Vaccination North-Western Provinces and Oudh 1896-1901 - 1896-1901
Year: 1896
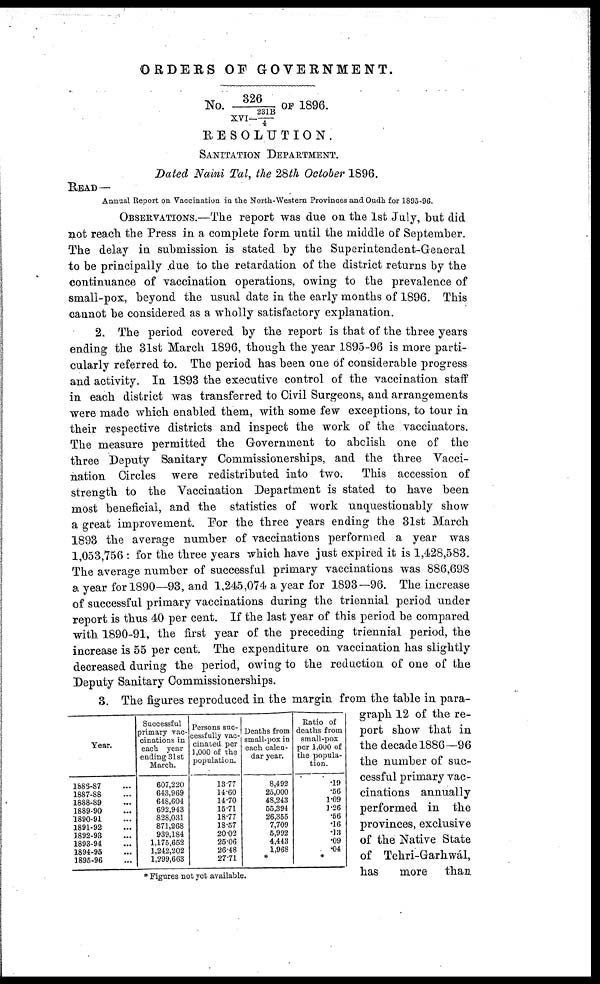
ORDERS OF GOVERNMENT.
No. 326/ XVI -231B/4 of 1896
RESOLUTION.
SANITATION DEPARTMENT.
Dated Naini Tal, the 28th October 1896.
READ—
Annual Report on Vaccination in the North-Western Provinces and Oudh for 1895-96.
OBSERVATIONS.—The report was due on the 1st July, but did
not reach the Press in a complete form until the middle of September.
The delay in submission is stated by the Superintendent-General
to be principally due to the retardation of the district returns by the
continuance of vaccination operations, owing to the prevalence of
small-pox, beyond the usual date in the early months of 1896. This
cannot be considered as a wholly satisfactory explanation.
2. The period covered by the report is that of the three years
ending the 31st March 1896, though the year 1895-96 is more parti-
cularly referred to. The period has been one of considerable progress
and activity. In 1893 the executive control of the vaccination staff
in each district was transferred to Civil Surgeons, and arrangements
were made which enabled them, with some few exceptions, to tour in
their respective districts and inspect the work of the vaccinators.
The measure permitted the Government to abolish one of the
three Deputy Sanitary Commissionerships, and the three Vacci-
nation Circles were redistributed into two. This accession of
strength to the Vaccination Department is stated to have been
most beneficial, and the statistics of work unquestionably show
a great improvement. For the three years ending the 31st March
1893 the average number of vaccinations performed a year was
1,053,756 : for the three years which have just expired it is 1,428,583.
The average number of successful primary vaccinations was 886,698
a year for 1890—93, and 1,245,074 a year for 1893—96. The increase
of successful primary vaccinations during the triennial period under
report is thus 40 per cent. If the last year of this period be compared
with 1890-91, the first year of the preceding triennial period, the
increase is 55 per cent. The expenditure on vaccination has slightly
decreased during the period, owing to the reduction of one of the
Deputy Sanitary Commissionerships.
Year.
1886-87
1887-88
1888-89
1889-90
1890-91
1891-92
1892-93
1893-94
1894-95
1895-96
Successful
primary vac-
cinations in
each year
ending 31st
March.
607,220
643,969
648,604
692,943
828,031
871,268
939,184
1,175,652
1,242,202
1,299,663
Persons suc-
cessfully vac-
cinated per
1,000 of the
population.
13.77
14.60
14.70
15.71
18.77
18.57
20.02
25.06
26.48
27.71
Deaths from
small-pox in
each calen-
dar year.
8,492
25,000
48,243
55,394
26,355
7,709
5,992
4,443
1,968
*
Ratio of
deaths from
small-pox
per 1,000 of
the popula-
tion.
.19
.56
1.09
1.26
.56
.16
.13
.09
.04
*
* Figures not yet available.
3. The figures reproduced in the margin from the table in para-
graph 12 of the re-
port show that in
the decade 1886—96
the number of suc-
cessful primary vac-
cinations annually
performed in the
provinces, exclusive
of the Native State
of Tehri-Garhwál,
has
more
than